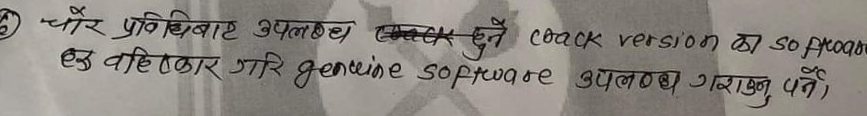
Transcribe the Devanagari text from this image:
चोर प्रविष्टिबाट उपलब्ध (cut through text) crack version का software हरु बहिष्कार गरि genuine software उपलब्ध गराउनु पर्ने।